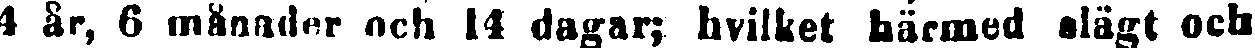
4 år, 6 månader och 14 dagar; hvilket härmed slägt och